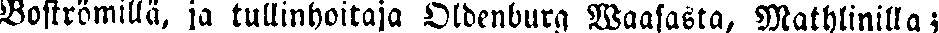
Boströmillä, ja tullinhoitaja Oldenburq Waasasta, Mathlinilla ;